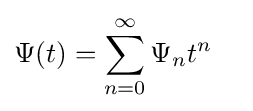
\Psi (t)=\sum _{n=0}^{\infty }\Psi _{n}t^{n}\quad